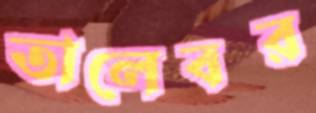
তালেবর